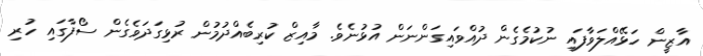
އާޒީން ހަޅޭއްލަވާފައި ނުކުމެގެން ދުއްވައިގަންނަން އުޅުނެވެ. މާއިޒް ކުރިބެއްދުމުން ރުޅިގަދަވެގެން ސޯފާގައި ހުރި